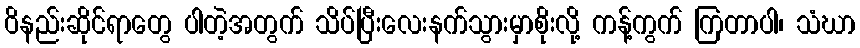
ဝိနည်းဆိုင်ရာတွေ ပါတဲ့အတွက် သိပ်ပြီးလေးနက်သွားမှာစိုးလို့ ကန့်ကွက် ကြတာပါ၊ သံဃာ